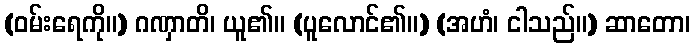
(ဝမ်းရေကို။) ဂဏှာတိ၊ ယူ၏။ (ပူလောင်၏။) (အဟံ၊ ငါသည်။) ဆာတော၊